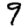
Digit: 9